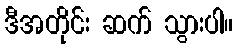
ဒီအတိုင်း ဆက် သွားပါ။